Vaccination in Bombay 1869-1873 - 1869-1873
Year: 1869
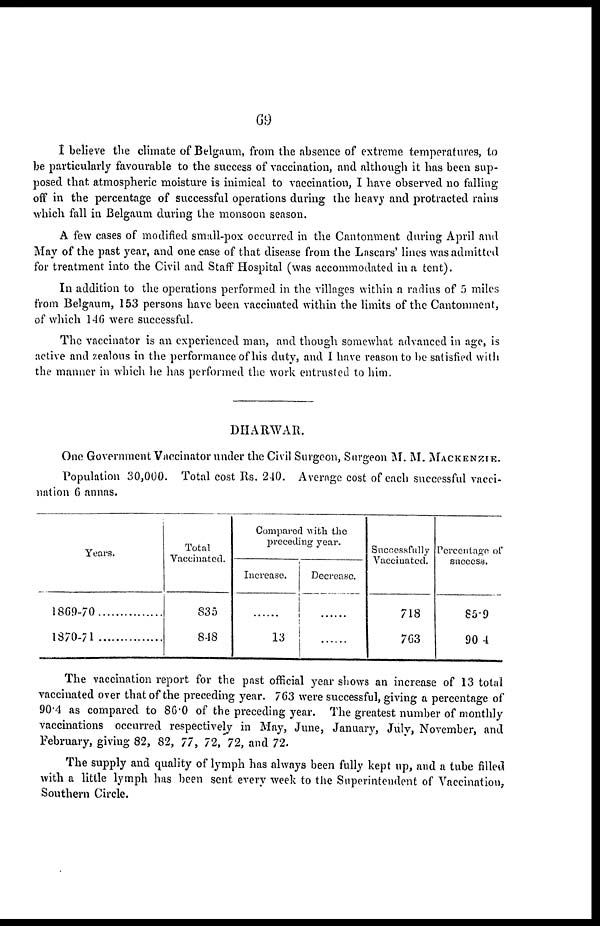
69
I believe the climate of Belgaum, from the absence of extreme temperatures, to
be particularly favourable to the success of vaccination, and although it has been sup-
posed that atmospheric moisture is inimical to vaccination, I have observed no falling
off in the percentage of successful operations during the heavy and protracted rains
which fall in Belgaum during the monsoon season.
A few cases of modified small-pox occurred in the Cantonment during April and
May of the past year, and one case of that disease from the Lascars' lines was admitted
for treatment into the Civil and Staff Hospital (was accommodated in a tent).
In addition to the operations performed in the villages within a radius of 5 miles
from Belgaum, 153 persons have been vaccinated within the limits of the Cantonment,
of which 146 were successful.
The vaccinator is an experienced man, and though somewhat advanced in age, is
active and zealous in the performance of his duty, and I have reason to be satisfied with
the manner in which he has performed the work entrusted to him.
DHARWAR.
One Government Vaccinator under the Civil Surgeon, Surgeon M. M. MACKENZIE.
Population 30,000. Total cost Rs. 240. Average cost of each successful vacci-
nation 6 annas.
Years.
1869-70
1870-71
Total
Vaccinated.
835
848
Compared with the
preceding year.
Increase.
......
13
Decrease.
......
......
Successfully
Vaccinated.
718
763
Percentage of
success.
85.9
90.4
The vaccination report for the past official year shows an increase of 13 total
vaccinated over that of the preceding year. 763 were successful, giving a percentage of
90.4 as compared to 86.0 of the preceding year. The greatest number of monthly
vaccinations occurred respectively in May, June, January, July, November, and
February, giving 82, 82, 77, 72, 72, and 72.
The supply and quality of lymph has always been fully kept up, and a tube filled
with a little lymph has been sent every week to the Superintendent of Vaccination,
Southern Circle.